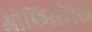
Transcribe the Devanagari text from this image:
ओफिसोरस